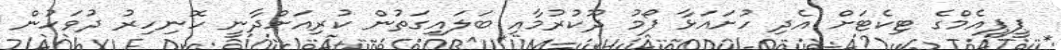
ޕީޕީއެމްގެ ޓިކެޓަށް އެދި ހުށައަޅާ ފޯމު ދޫކުރުމާއި ބަލައިގަތުން ކުރިއަށްދާނީ ހޮނިހިރު ދުވަހުން